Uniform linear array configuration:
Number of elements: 24
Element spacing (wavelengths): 0.25
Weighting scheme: blackman
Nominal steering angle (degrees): -45
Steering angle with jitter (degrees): -43.297
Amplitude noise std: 0.05
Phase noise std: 0.05

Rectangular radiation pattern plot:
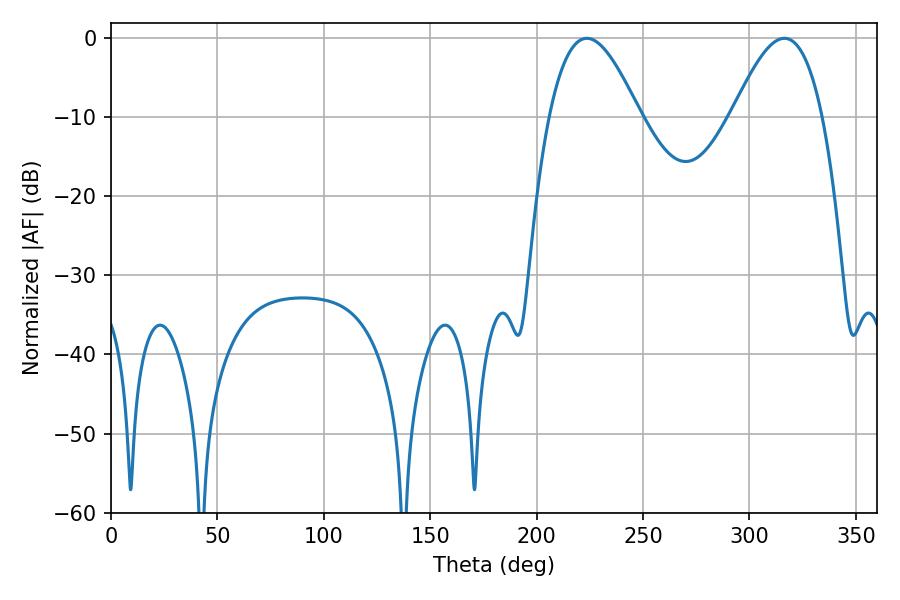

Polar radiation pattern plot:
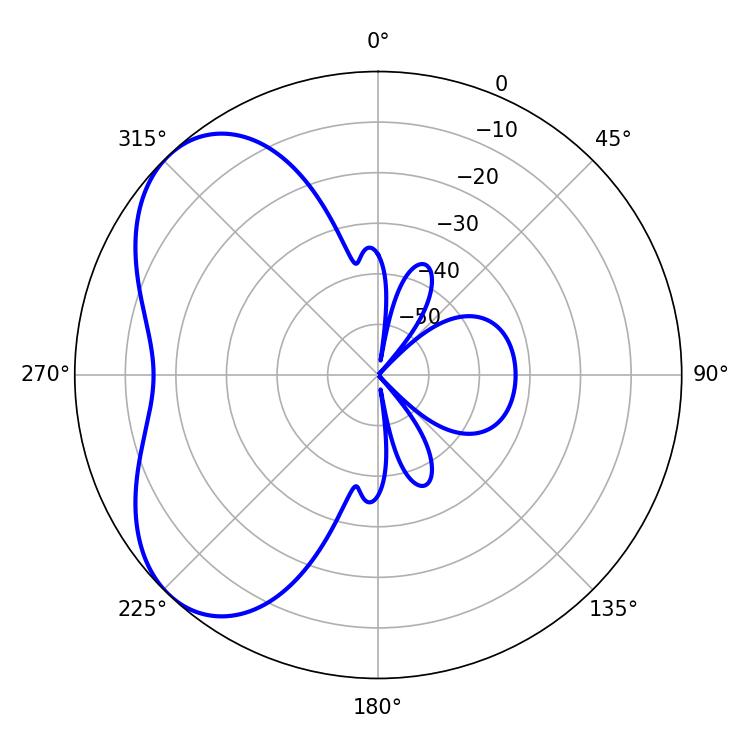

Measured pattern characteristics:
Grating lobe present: FALSE
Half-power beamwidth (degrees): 22.86
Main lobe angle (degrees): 223.56